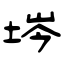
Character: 埁